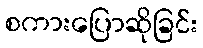
စကားပြောဆိုခြင်း